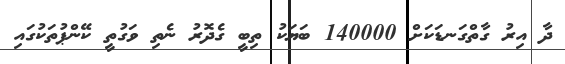
ދާ އިރު ގާތްގަނޑަކަށް 140000 ބަޔަކު ތިބީ ގެދޮރު ނެތި ވަގުތީ ކޭންޕުތަކުގައި